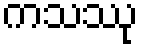
ကသဿု